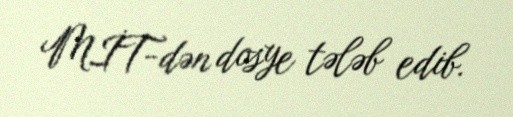
MİT-dən dosye tələb edib.